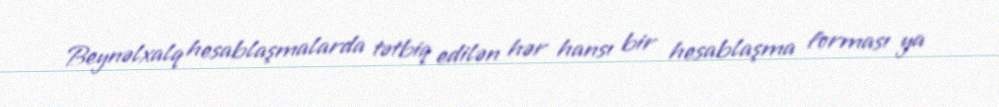
Beynəlxalq hesablaşmalarda tətbiq edilən hər hansı bir hesablaşma forması ya